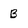
Character: B